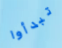
تبدأوا